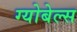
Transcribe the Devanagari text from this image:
ग्योबेल्स